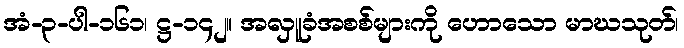
အံ-၃-ပါ-၁၆၁၊ ဋ္ဌ-၁၄၂။ အလှူခံအစစ်များကို ဟောသော မာဃသုတ်၊